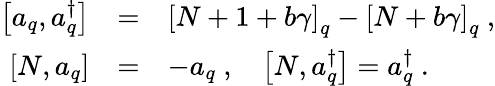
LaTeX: \begin{array}{rcl}{{\displaystyle\left[a_{q},a_{q}^{\dagger}\right]}}&{{=}}&{{\left[N+1+b\gamma\right]_{q}-\left[N+b\gamma\right]_{q}~,}}\\ {{\displaystyle\left[N,a_{q}\right]}}&{{=}}&{{-a_{q}~,~~~\displaystyle\left[N,a_{q}^{\dagger}\right]=a_{q}^{\dagger}~.}}\end{array}